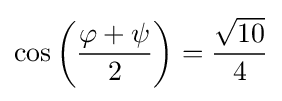
\cos \left({\frac {\varphi +\psi }{2}}\right)={\frac {\sqrt {10}}{4}}